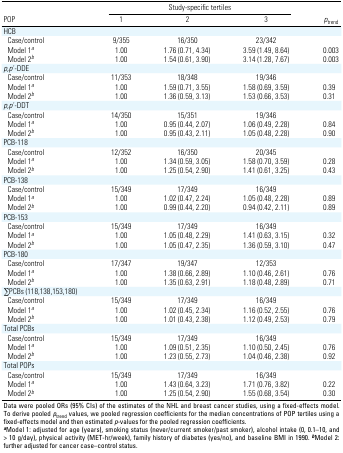
<table><thead><tr><td rowspan="2"><b>POP</b></td><td colspan="3"><b>Study-specific tertiles</b></td><td rowspan="2"><b>ptrend</b></td></tr><tr><td><b>1</b></td><td><b>2</b></td><td><b>3</b></td></tr></thead><tbody><tr><td>HCB</td></tr><tr><td>Case/control</td><td>9/355</td><td>16/350</td><td>23/342</td></tr><tr><td>Model 1a</td><td>1.00</td><td>1.76 (0.71, 4.34)</td><td>3.59 (1.49, 8.64)</td><td>0.003</td></tr><tr><td>Model 2b</td><td>1.00</td><td>1.54 (0.61, 3.90)</td><td>3.14 (1.28, 7.67)</td><td>0.003</td></tr><tr><td>p,p ́-DDE </td></tr><tr><td>Case/control</td><td>11/353</td><td>18/348</td><td>19/346</td></tr><tr><td>Model 1a</td><td>1.00</td><td>1.59 (0.71, 3.55)</td><td>1.58 (0.69, 3.59)</td><td>0.39</td></tr><tr><td>Model 2b</td><td>1.00</td><td>1.36 (0.59, 3.13)</td><td>1.53 (0.66, 3.53)</td><td>0.31</td></tr><tr><td>p,p ́-DDT</td></tr><tr><td>Case/control</td><td>14/350</td><td>15/351</td><td>19/346</td></tr><tr><td>Model 1a</td><td>1.00</td><td>0.95 (0.44, 2.07)</td><td>1.06 (0.49, 2.28)</td><td>0.84</td></tr><tr><td>Model 2b</td><td>1.00</td><td>0.95 (0.43, 2.11)</td><td>1.05 (0.48, 2.28)</td><td>0.90</td></tr><tr><td>PCB-118</td></tr><tr><td>Case/control</td><td>12/352</td><td>16/350</td><td>20/345</td></tr><tr><td>Model 1a</td><td>1.00</td><td>1.34 (0.59, 3.05)</td><td>1.58 (0.70, 3.59)</td><td>0.28</td></tr><tr><td>Model 2b</td><td>1.00</td><td>1.25 (0.54, 2.90)</td><td>1.41 (0.61, 3.25)</td><td>0.43</td></tr><tr><td>PCB-138</td></tr><tr><td>Case/control</td><td>15/349</td><td>17/349</td><td>16/349</td></tr><tr><td>Model 1a</td><td>1.00</td><td>1.02 (0.47, 2.24)</td><td>1.05 (0.48, 2.28)</td><td>0.89</td></tr><tr><td>Model 2b</td><td>1.00</td><td>0.99 (0.44, 2.20)</td><td>0.94 (0.42, 2.11)</td><td>0.89</td></tr><tr><td>PCB-153</td></tr><tr><td>Case/control</td><td>15/349</td><td>17/349</td><td>16/349</td></tr><tr><td>Model 1a</td><td>1.00</td><td>1.05 (0.48, 2.29)</td><td>1.41 (0.63, 3.15)</td><td>0.32</td></tr><tr><td>Model 2b</td><td>1.00</td><td>1.05 (0.47, 2.35)</td><td>1.36 (0.59, 3.10)</td><td>0.47</td></tr><tr><td>PCB-180</td></tr><tr><td>Case/control</td><td>17/347</td><td>19/347</td><td>12/353</td></tr><tr><td>Model 1a</td><td>1.00</td><td>1.38 (0.66, 2.89)</td><td>1.10 (0.46, 2.61)</td><td>0.76</td></tr><tr><td>Model 2b</td><td>1.00</td><td>1.35 (0.63, 2.91)</td><td>1.18 (0.48, 2.89)</td><td>0.71</td></tr><tr><td>∑PCBs (118,138,153,180)</td></tr><tr><td>Case/control</td><td>15/349</td><td>17/349</td><td>16/349</td></tr><tr><td>Model 1a</td><td>1.00</td><td>1.02 (0.45, 2.34)</td><td>1.16 (0.52, 2.55)</td><td>0.76</td></tr><tr><td>Model 2b</td><td>1.00</td><td>1.01 (0.43, 2.38)</td><td>1.12 (0.49, 2.53)</td><td>0.79</td></tr><tr><td>Total PCBs</td></tr><tr><td>Case/control</td><td>15/349</td><td>17/349</td><td>16/349</td></tr><tr><td>Model 1a </td><td>1.00</td><td>1.09 (0.51, 2.35)</td><td>1.10 (0.50, 2.45)</td><td>0.76</td></tr><tr><td>Model 2b </td><td>1.00</td><td>1.23 (0.55, 2.73)</td><td>1.04 (0.46, 2.38)</td><td>0.92</td></tr><tr><td>Total POPs</td></tr><tr><td>Case/control</td><td>15/349</td><td>17/349</td><td>16/349</td></tr><tr><td>Model 1a </td><td>1.00</td><td>1.43 (0.64, 3.23)</td><td>1.71 (0.76, 3.82)</td><td>0.22</td></tr><tr><td>Model 2b </td><td>1.00</td><td>1.25 (0.54, 2.90)</td><td>1.55 (0.68, 3.54)</td><td>0.30</td></tr><tr><td colspan="6">Data were pooled ORs (95% CIs) of the estimates of the NHLand breast cancer studies, using a fixed-effects model. To derive pooledptrend values, we pooled regression coefficients for the medianconcentrations of POP tertiles using a fixed-effects model and thenestimated p-values for the pooled regression coefficients. aModel 1:adjusted for age (years), smoking status (never/current smoker/pastsmoker), alcohol intake (0, 0.1–10, and &gt; 10 g/day), physicalactivity (MET-hr/week), family history of diabetes (yes/no), andbaseline BMI in 1990. bModel 2: further adjusted for cancer case–controlstatus. </td></tr></tbody></table>